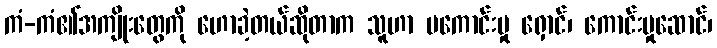
ကံ-ကံ၏အကျိုးတွေကို ဟောခဲ့တယ်ဆိုတာက သူဟာ မကောင်းမှု ရှောင်၊ ကောင်းမှုဆောင်၊